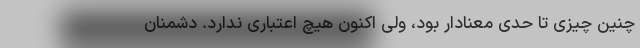
چنین چیزی تا حدی معنادار بود، ولی اکنون هیچ اعتباری ندارد. دشمنان